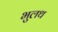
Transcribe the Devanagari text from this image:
भुलथ